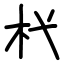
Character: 杙